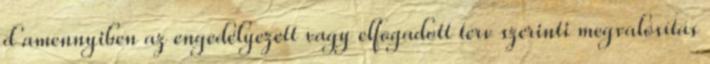
d amennyiben az engedélyezett vagy elfogadott terv szerinti megvalósítás